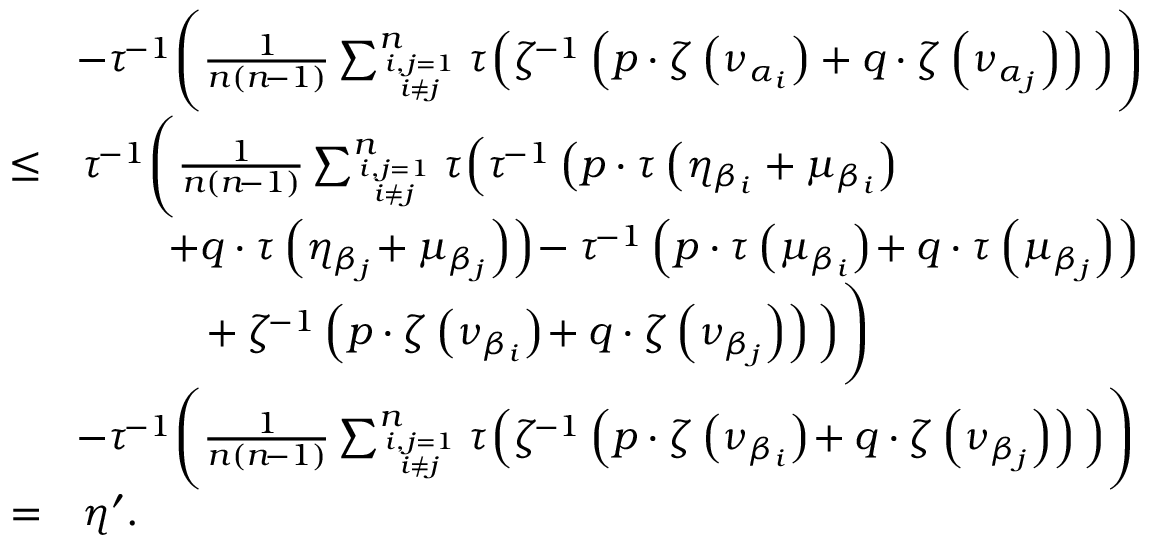
\begin{array} { r l } & { \! - \tau ^ { \! - 1 } \Bigg ( \frac { 1 } { n ( n \! - 1 ) } \sum _ { i , j = 1 \atop i \neq j } ^ { n } \tau \Big ( \zeta ^ { \! - 1 } \left( p \cdot \zeta \left( \nu _ { \alpha _ { i } } \right) + q \cdot \zeta \left( \nu _ { \alpha _ { j } } \right) \right) \Big ) \Bigg ) } \\ { \leq } & { \tau ^ { \! - 1 } \Bigg ( \frac { 1 } { n ( n \! - 1 ) } \sum _ { i , j = 1 \atop i \neq j } ^ { n } \tau \Big ( \tau ^ { \! - 1 } \left( p \cdot \tau \left( \eta _ { \beta _ { i } } + \mu _ { \beta _ { i } } \right) \right. \Big . \Bigg . } \\ & { \left. \quad \quad + q \cdot \tau \left( \eta _ { \beta _ { j } } \! + \mu _ { \beta _ { j } } \right) \right) \! - \tau ^ { \! - 1 } \left( p \cdot \tau \left( \mu _ { \beta _ { i } } \right) \! + q \cdot \tau \left( \mu _ { \beta _ { j } } \right) \right) } \\ & { \Bigg . \Big . \quad \quad \quad \! + \zeta ^ { \! - 1 } \left( p \cdot \zeta \left( \nu _ { \beta _ { i } } \right) \! + q \cdot \zeta \left( \nu _ { \beta _ { j } } \right) \right) \Big ) \Bigg ) } \\ & { \! - \tau ^ { \! - 1 } \Bigg ( \frac { 1 } { n ( n \! - 1 ) } \sum _ { i , j = 1 \atop i \neq j } ^ { n } \tau \Big ( \zeta ^ { \! - 1 } \left( p \cdot \zeta \left( \nu _ { \beta _ { i } } \right) \! + q \cdot \zeta \left( \nu _ { \beta _ { j } } \right) \right) \Big ) \Bigg ) } \\ { = } & { \eta ^ { \prime } . } \end{array}